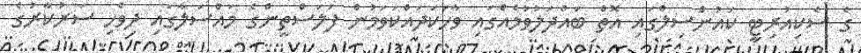
ގެ ސެކިއުރިޓީ ކައުންސިލްގައި އޮތް ބައްދަލުވުމެއްގައި ވާހަކަދައްކަވަމުން ފަލަސްތީންގެ މައްސަލާގައި ދިވެހި ސަރުކާރުގެ